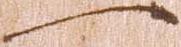
一